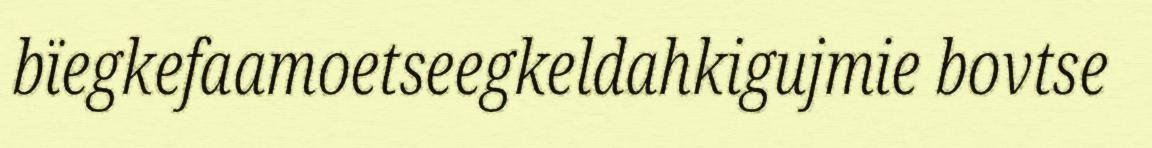
bïegkefaamoetseegkeldahkigujmie bovtse